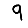
Digit: 9